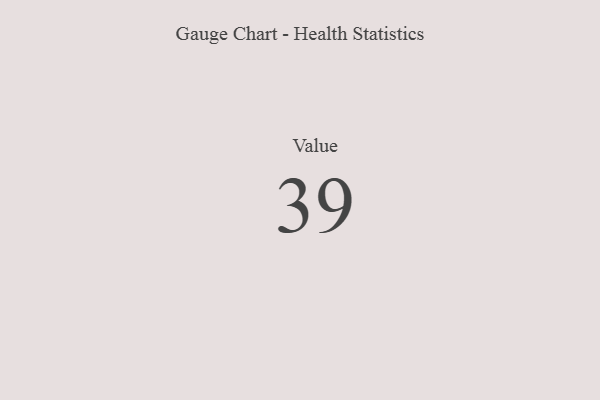
{"axis": {"x": "Metric", "y": "Value"}, "legend": [""], "data": [{"x": "Value", "y": 39, "type": ""}]}